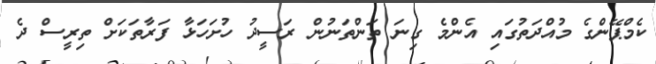
ކެމްޕޭންގެ މުއްދަތުގައި އެންމެ ގިނަ ތަންތަނުން ރަސީދު ހުށަހަޅާ ފަރާތަކަށް ތިރީސް ދެ